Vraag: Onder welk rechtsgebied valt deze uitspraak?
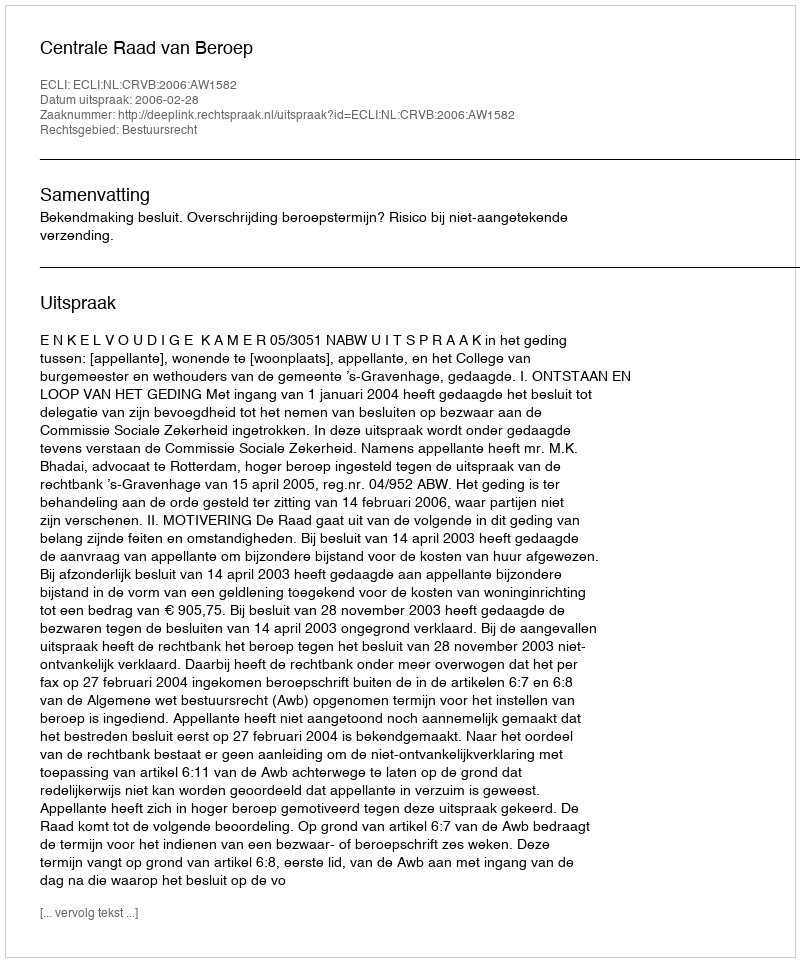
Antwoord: Bestuursrecht